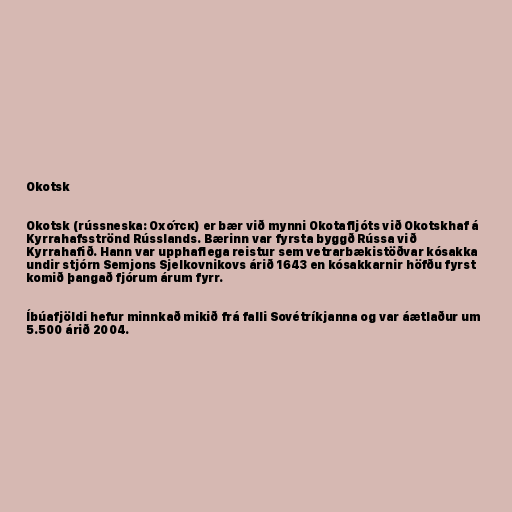
Okotsk

Okotsk (rússneska: Охо́тск) er bær við mynni Okotafljóts við Okotskhaf á
Kyrrahafsströnd Rússlands. Bærinn var fyrsta byggð Rússa við
Kyrrahafið. Hann var upphaflega reistur sem vetrarbækistöðvar kósakka
undir stjórn Semjons Sjelkovnikovs árið 1643 en kósakkarnir höfðu fyrst
komið þangað fjórum árum fyrr.

Íbúafjöldi hefur minnkað mikið frá falli Sovétríkjanna og var áætlaður um
5.500 árið 2004.